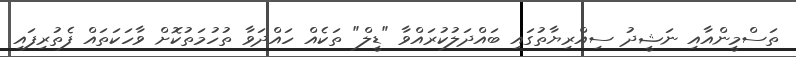
ތަސްމީންއާއި ނަޝީދު ސިއްރިޔާތުގައި ބައްދަލުކުރައްވާ "ޑީލް" ތަކެއް ހައްދަވާ ތުހުމަތުކޮށް ވާހަކަތައް ފެތުރިފައި